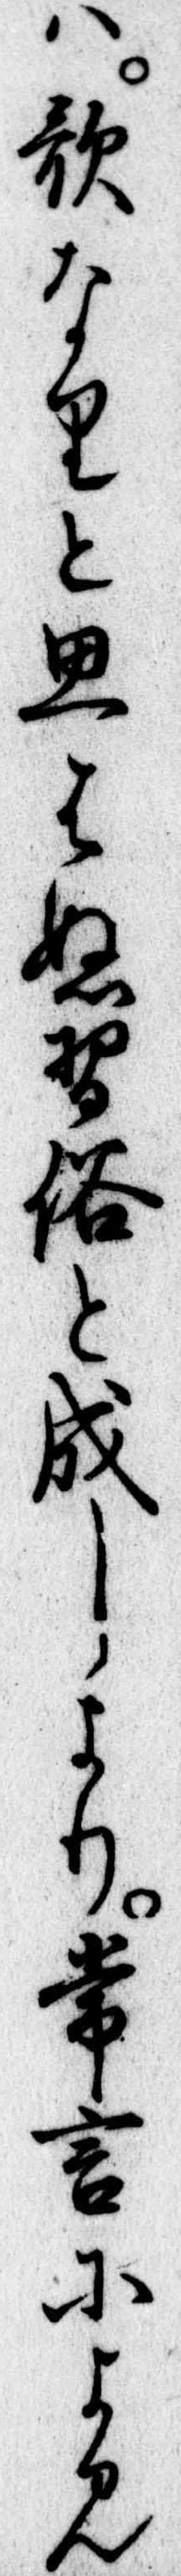
は歌なりと思はぬ習俗と成しより常言によみ